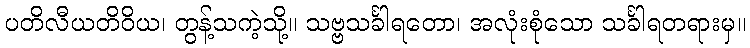
ပတိလီယတိဝိယ၊ တွန့်သကဲ့သို့။ သဗ္ဗသင်္ခါရတော၊ အလုံးစုံသော သင်္ခါရတရားမှ။